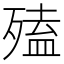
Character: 𣩄